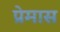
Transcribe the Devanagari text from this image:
प्रेमास